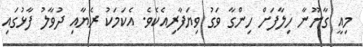
މިއީ ގާނޫނާ ހިލާފަށް ހިންގާ ވަގު ވިޔަފާރިއެކެވެ. އެކަމަކު ރެޔާއި ދުވާލު ފާޅުގައި